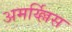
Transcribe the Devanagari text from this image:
अमर्य्ल्लिस